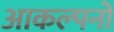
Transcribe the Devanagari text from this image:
आकल्पनों